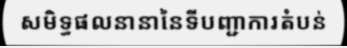
សមិទ្ធផលនានានៃទីបញ្ជាការតំបន់